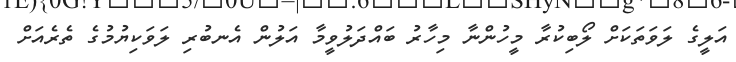
އަލީގެ ލަވަތަކަށް ލޯބިކުރާ މީހުންނާ މިހާރު ބައްދަލުވީމާ އަލުން އެނބުރި ލަވަކިޔުމުގެ ތެރެއަށް